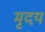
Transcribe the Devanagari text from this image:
मृदय